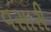
વસારી